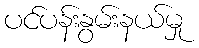
ပင်ပန်းနွမ်းနယ်မှု